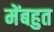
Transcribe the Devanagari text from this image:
मेंबहुत